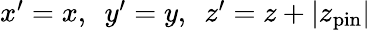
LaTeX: \begin{array}{r}{x^{\prime}=x,\ \ y^{\prime}=y,\ \ z^{\prime}=z+\vert z_{\mathrm{pin}}\vert}\end{array}